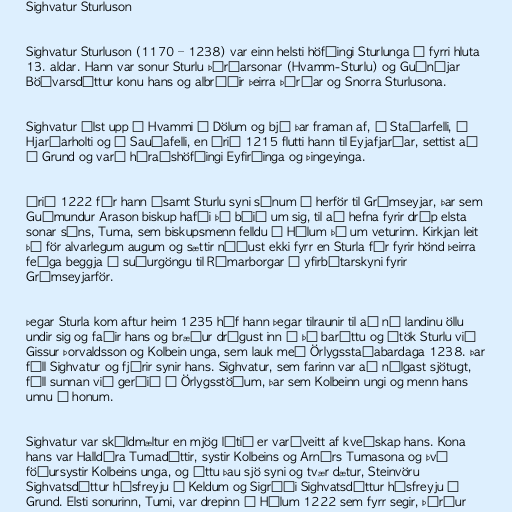
Sighvatur Sturluson

Sighvatur Sturluson (1170 – 1238) var einn helsti höfðingi Sturlunga á fyrri hluta
13. aldar. Hann var sonur Sturlu Þórðarsonar (Hvamm-Sturlu) og Guðnýjar
Böðvarsdóttur konu hans og albróðir þeirra Þórðar og Snorra Sturlusona.

Sighvatur ólst upp í Hvammi í Dölum og bjó þar framan af, á Staðarfelli, í
Hjarðarholti og á Sauðafelli, en árið 1215 flutti hann til Eyjafjarðar, settist að
á Grund og varð héraðshöfðingi Eyfirðinga og Þingeyinga.

Árið 1222 fór hann ásamt Sturlu syni sínum í herför til Grímseyjar, þar sem
Guðmundur Arason biskup hafði þá búið um sig, til að hefna fyrir dráp elsta
sonar síns, Tuma, sem biskupsmenn felldu á Hólum þá um veturinn. Kirkjan leit
þá för alvarlegum augum og sættir náðust ekki fyrr en Sturla fór fyrir hönd þeirra
feðga beggja í suðurgöngu til Rómarborgar í yfirbótarskyni fyrir
Grímseyjarför.

Þegar Sturla kom aftur heim 1235 hóf hann þegar tilraunir til að ná landinu öllu
undir sig og faðir hans og bræður drógust inn í þá baráttu og átök Sturlu við
Gissur Þorvaldsson og Kolbein unga, sem lauk með Örlygsstaðabardaga 1238. Þar
féll Sighvatur og fjórir synir hans. Sighvatur, sem farinn var að nálgast sjötugt,
féll sunnan við gerðið á Örlygsstöðum, þar sem Kolbeinn ungi og menn hans
unnu á honum.

Sighvatur var skáldmæltur en mjög lítið er varðveitt af kveðskap hans. Kona
hans var Halldóra Tumadóttir, systir Kolbeins og Arnórs Tumasona og því
föðursystir Kolbeins unga, og áttu þau sjö syni og tvær dætur, Steinvöru
Sighvatsdóttur húsfreyju á Keldum og Sigríði Sighvatsdóttur húsfreyju á
Grund. Elsti sonurinn, Tumi, var drepinn á Hólum 1222 sem fyrr segir, Þórður